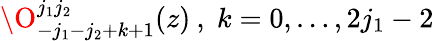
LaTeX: \O_{-j_{1}-j_{2}+k+1}^{j_{1}j_{2}}(z)\: ,\; k=0,\dots,2j_{1}-2